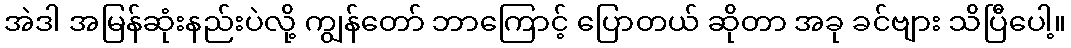
အဲဒါ အမြန်ဆုံးနည်းပဲလို့ ကျွန်တော် ဘာကြောင့် ပြောတယ် ဆိုတာ အခု ခင်ဗျား သိပြီပေါ့။